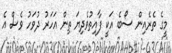
މީގެ ތެރެއިން ސޯބެ އަކީ ފާއިތުވެދިޔަ ތިން އަހަރު ދުވަހު ވެސް އެ